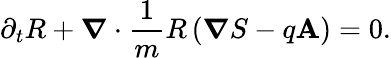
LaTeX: \partial_{t}R+\boldsymbol{\nabla}\cdot\frac{1}{m}R\left(\boldsymbol{\nabla}S-q\mathbf{A}\right)=0.